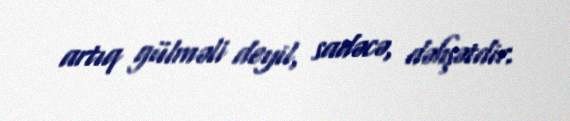
artıq gülməli deyil, sadəcə, dəhşətdir.